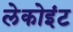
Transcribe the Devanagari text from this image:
लेकोइंट